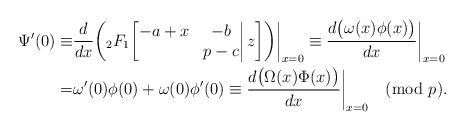
LaTeX: \begin{align*}\Psi'(0)\equiv&\frac{d}{dx}\bigg({}_2F_1\bigg[\begin{matrix}-a+x&-b\\&p-c\end{matrix}\bigg|\,z\bigg]\bigg)\bigg|_{x=0}\equiv\frac{d\big(\omega(x)\phi(x)\big)}{dx}\bigg|_{x=0}\\=&\omega'(0)\phi(0)+\omega(0)\phi'(0)\equiv\frac{d\big(\Omega(x)\Phi(x)\big)}{dx}\bigg|_{x=0}\pmod{p}.\end{align*}